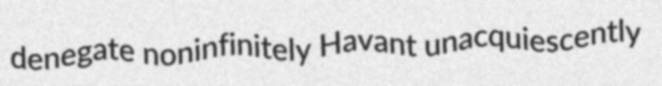
denegate noninfinitely Havant unacquiescently